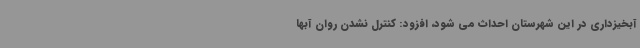
آبخیزداری در این شهرستان احداث می شود، افزود: کنترل نشدن روان آبها